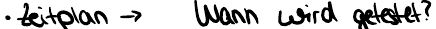
Zeitplan -> Wann wird getestet?